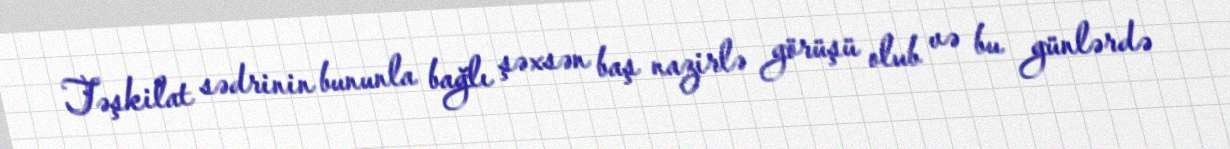
Təşkilat sədrinin bununla bağlı şəxsən baş nazirlə görüşü olub və bu günlərdə